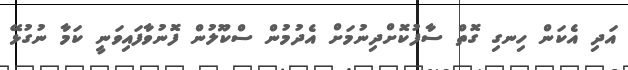
އަދި އެކަން ހިނގި ގޮތް ސާފުކޮށްދިނުމަށް އެދުމުން ސްކޫލުން ފޮނުވާފައިވަނީ ކަމާ ނުގުޅޭ